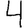
Digit: 4